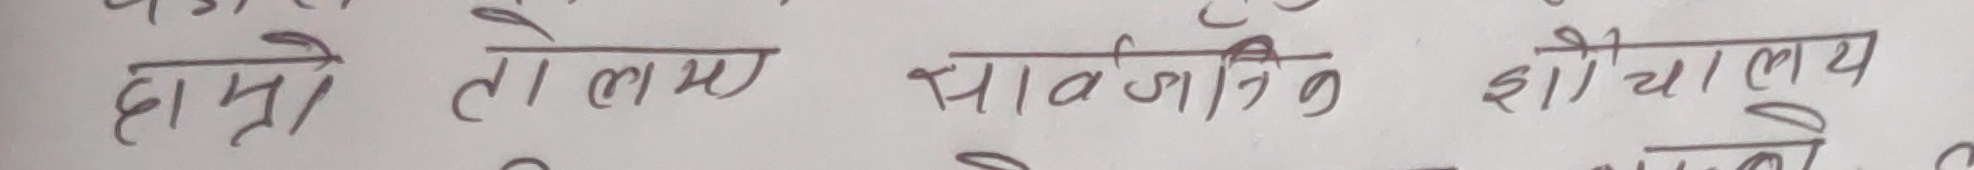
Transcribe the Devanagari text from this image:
हाम्रो लामा सार्वजनिक शौचालय